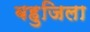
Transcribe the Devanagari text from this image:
बहुजिला